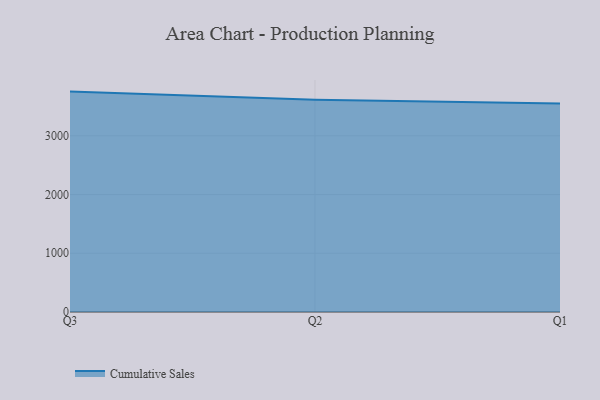
{"axis": {"x": "Quarter", "y": "Conversion Rate (%)"}, "legend": ["Cumulative Sales"], "data": [{"x": "Q3", "y": 3752.9, "type": "Cumulative Sales"}, {"x": "Q2", "y": 3612.7, "type": "Cumulative Sales"}, {"x": "Q1", "y": 3550.9, "type": "Cumulative Sales"}]}